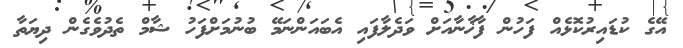
އޭގެ ކުޑައިރުކޮޅެއް ފަހުން ފާޚާނާއަށް ވަދެލާފައި އެބައަންނަމޭ ބުނުމަށްފަހު ޝާމް ތެދުވެގެން ދިޔަތާ